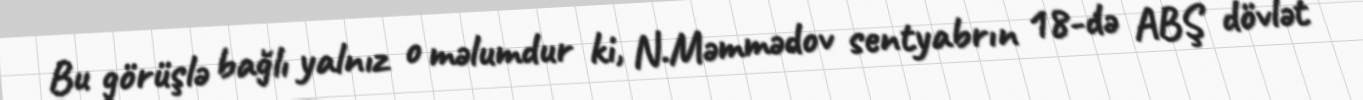
Bu görüşlə bağlı yalnız o məlumdur ki, N.Məmmədov sentyabrın 18-də ABŞ dövlət